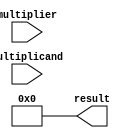
module booth_multiplier (
    input [7:0] multiplicand,
    input [7:0] multiplier,
    output reg [15:0] result
);

reg [15:0] product;
reg [3:0] count;
reg signed [15:0] booth_value;

always @(*) begin
    product = 16'b0;
    count = 4'b0000;
    booth_value = {multiplier, 8'b0};

    repeat(8) begin
        if(booth_value[0] == 1 && count != 4'b1111) begin
            product = product + {multiplicand, 8'b0} << count;
        end
        booth_value = booth_value >> 1;
        count = count + 1;
    end

    result = product;
end

endmodule